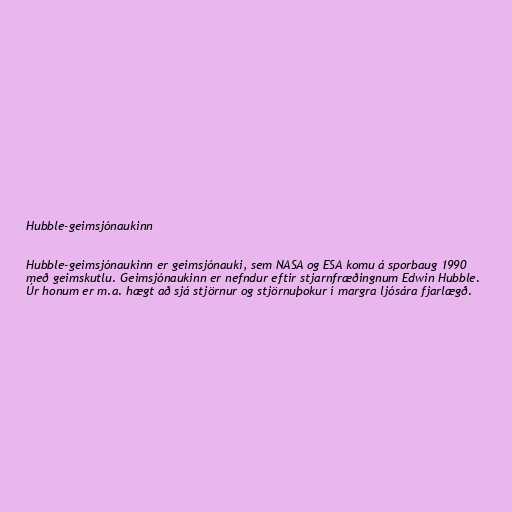
Hubble-geimsjónaukinn

Hubble-geimsjónaukinn er geimsjónauki, sem NASA og ESA komu á sporbaug 1990
með geimskutlu. Geimsjónaukinn er nefndur eftir stjarnfræðingnum Edwin Hubble.
Úr honum er m.a. hægt að sjá stjörnur og stjörnuþokur í margra ljósára fjarlægð.